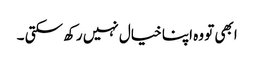
ابھی تو وہ اپنا خیال نہیں رکھ سکتی ۔